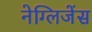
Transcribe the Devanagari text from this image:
नेग्लिजेंस